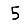
Digit: 5